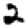
Digit: 2